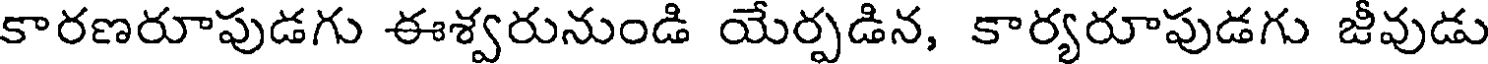
కారణరూపుడగు ఈశ్వరునుండి యేర్పడిన, కార్యరూపుడగు జీవుడు